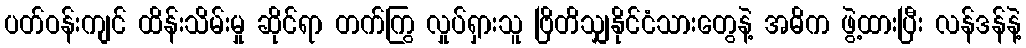
ပတ်ဝန်းကျင် ထိန်းသိမ်းမှု ဆိုင်ရာ တက်ကြွ လှုပ်ရှားသူ ဗြိတိသျှနိုင်ငံသားတွေနဲ့ အဓိက ဖွဲ့ထားပြီး လန်ဒန်နဲ့